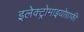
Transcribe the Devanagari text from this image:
इलेक्ट्रोमाइयोग्राफी